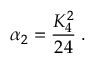
\alpha _ { 2 } = \frac { K _ { 4 } ^ { 2 } } { 2 4 } \; .